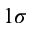
1 \sigma